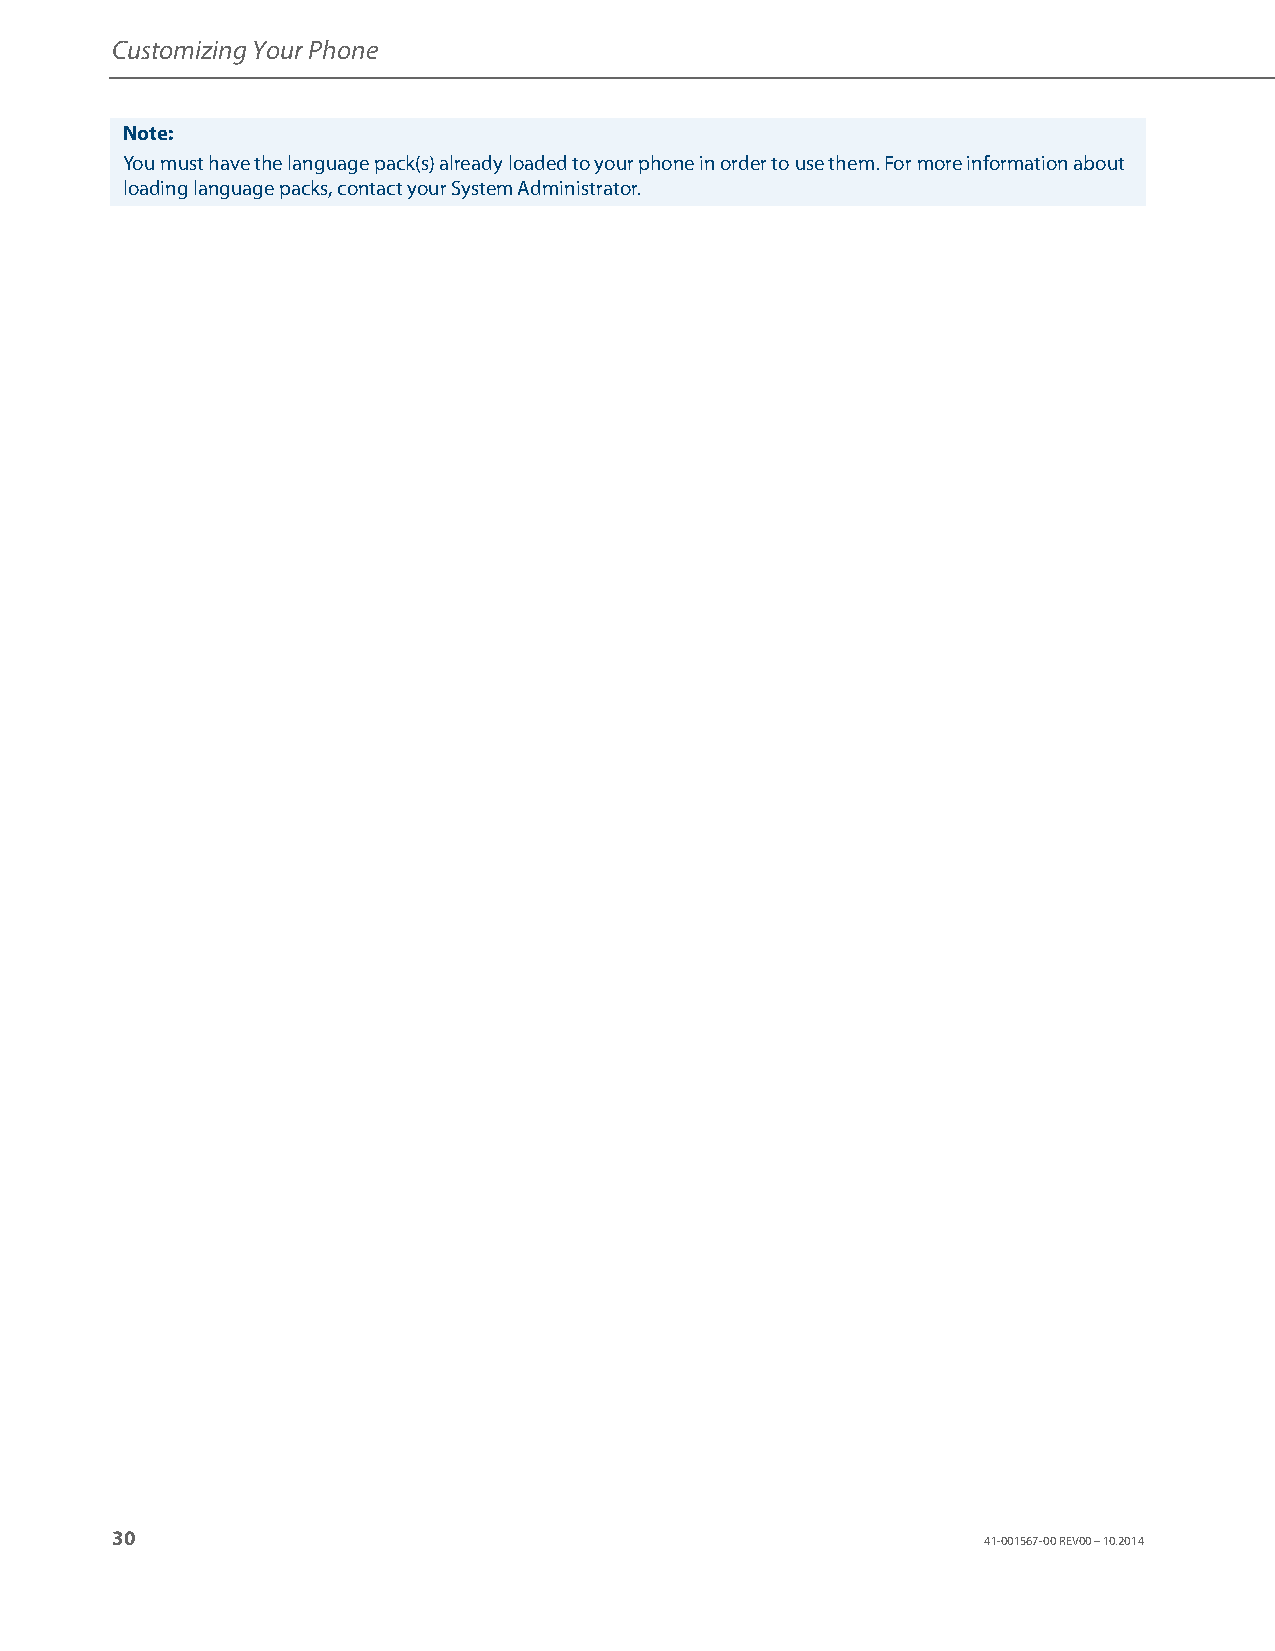
Customizing Your Phone
 Note:
 You must have the language pack(s) already loaded to your phone in order to use them. For more information about
 loading language packs, contact your System Administrator.
 30
 41-001567-00 REV00 – 10.2014